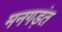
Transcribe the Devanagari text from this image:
मनगड़ंत